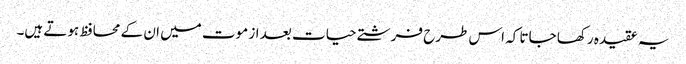
یہ عقیدہ رکھا جاتا کہ اس طرح فرشتے حیات بعد از موت میں ان کے محافظ ہوتے ہیں۔